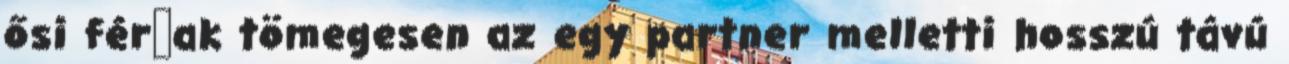
ősi férﬁak tömegesen az egy partner melletti hosszú távú